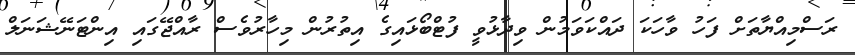
ރަސްމިއްޔާތަށް ފަހު ވާހަކަ ދައްކަވަމުން ވިދާޅުވީ ފުޓްބޯޅައިގެ އިތުރުން މިހާރުވެސް ރާއްޖޭގައި އިންޓަނޭޝަނަލް